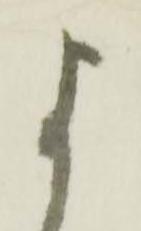
よ